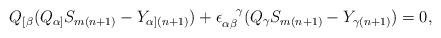
LaTeX: \begin{align*}Q_{[\beta} (Q_{\alpha]} S_{m(n + 1)} - Y_{\alpha](n + 1)} ) +\epsilon_{\alpha\beta}^{~~~\!\gamma} (Q_\gamma S_{m(n + 1)} - Y_{\gamma(n + 1)} ) = 0,\end{align*}